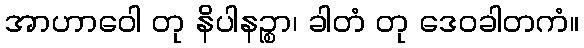
အာဟာဝေါ တု နိပါနဉ္စာ၊ ခါတံ တု ဒေဝခါတကံ။